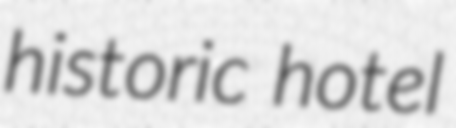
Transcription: historic hotel